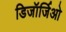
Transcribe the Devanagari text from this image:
डिजॉर्जिओ